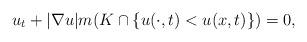
LaTeX: \begin{align*}u_t+|\nabla u| m(K\cap \{u(\cdot, t)<u(x, t)\})=0 , \end{align*}